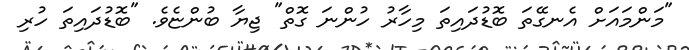
"މަންމައަށް އެނގޭތަ ބޮޑުދައިތަ މިހާރު ހުންނަ ގޮތް" ޖިޔާ ބުންޏެވެ. "ބޮޑުދައިތަ ހުރި